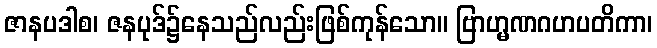
ဇာနပဒါစ၊ ဇနပုဒ်၌နေသည်လည်းဖြစ်ကုန်သော။ ဗြာဟ္မဏဂဟပတိကာ၊